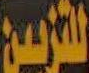
للتربين